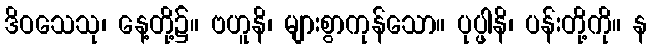
ဒိဝသေသု၊ နေ့တို့၌။ ဗဟူနိ၊ များစွာကုန်သော။ ပုပ္ဖါနိ၊ ပန်းတို့ကို။ န